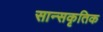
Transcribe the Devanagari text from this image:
सान्सकृतिक